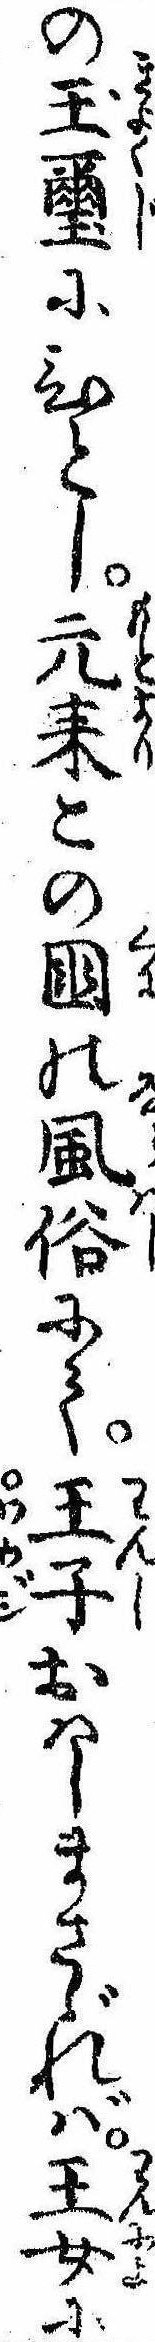
の玉璽にひとし元来この国の風俗にて王子おはしまさゞれば王女に